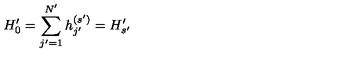
H _ { 0 } ^ { \prime } = \sum _ { j ^ { \prime } = 1 } ^ { N ^ { \prime } } h _ { j ^ { \prime } } ^ { ( s ^ { \prime } ) } = H _ { s ^ { \prime } } ^ { \prime }